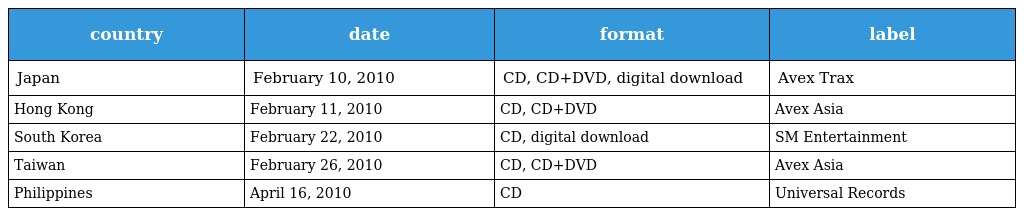
| country | date | format | label |
 | --- | --- | --- | --- |
 | Japan | February 10, 2010 | CD, CD+DVD, digital download | Avex Trax |
 | Hong Kong | February 11, 2010 | CD, CD+DVD | Avex Asia |
 | South Korea | February 22, 2010 | CD, digital download | SM Entertainment |
 | Taiwan | February 26, 2010 | CD, CD+DVD | Avex Asia |
 | Philippines | April 16, 2010 | CD | Universal Records |